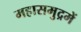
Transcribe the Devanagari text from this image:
महासमुद्रमें